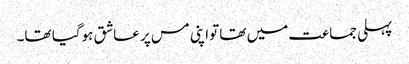
پہلی جماعت میں تھا تواپنی مس پر عاشق ہوگیا تھا۔